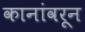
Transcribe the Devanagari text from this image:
कानांवरून